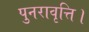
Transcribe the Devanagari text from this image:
पुनरावृत्ति।